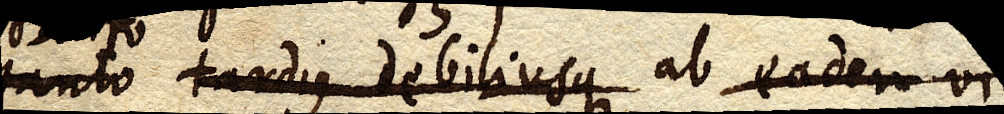
tanto tardius debiliusque ab eadem vi quam penetrari debere ab ea–